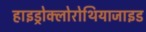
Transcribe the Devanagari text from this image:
हाइड्रोक्लोरोथियाजाइड